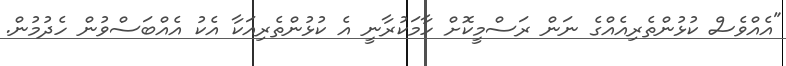
"އެއްވެސް ކުޅުންތެރިއެއްގެ ނަން ރަސްމީކޮށް ހާމަކުރާނީ އެ ކުޅުންތެރިއަކާ އެކު އެއްބަސްވުން ހެދުމުން.